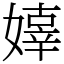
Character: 嫴